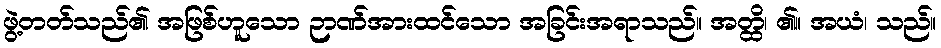
ဖွဲ့တတ်သည်၏ အဖြစ်ဟူသော ဉာဏ်အားထင်သော အခြင်းအရာသည်။ အတ္ထိ၊ ၏။ အယံ၊ သည်။